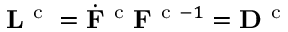
{ \bf L } ^ { \mathrm { ~ c ~ } } = \dot { { \bf F } } ^ { \mathrm { ~ c ~ } } { \bf F } ^ { \mathrm { ~ c ~ } - 1 } = { \bf D } ^ { \mathrm { ~ c ~ } }